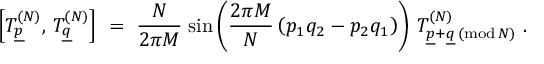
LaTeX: \left[ T _ { \underline { { { p } } } } ^ { ( N ) } , \, T _ { \underline { { { q } } } } ^ { ( N ) } \right] \ = \ \frac { N } { 2 \pi M } \; \mathrm { s i n } \left( \frac { 2 \pi M } { N } \left( p _ { 1 } q _ { 2 } - p _ { 2 } q _ { 1 } \right) \right) \, T _ { \underline { { { p } } } + \underline { { { q } } } \, ( \mathrm { m o d } \, N ) } ^ { ( N ) } \ .